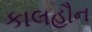
કાલહૌન